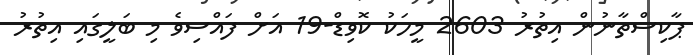
ޕާކިސްތާނުން އިތުރު 2603 މީހަކު ކޮވިޑް-19 އަށް ފައްސިވެ މި ބަލީގައި އިތުރު